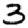
Digit: 3